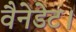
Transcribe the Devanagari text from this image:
वैनेडेट।